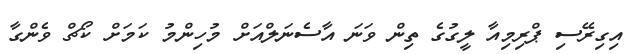
އިގިރޭސި ޕްރިމިއާ ލީގުގެ ތިން ވަނަ އާސެނަލްއަށް މުހިންމު ކަމަށް ކޯޗް ވެންގާ